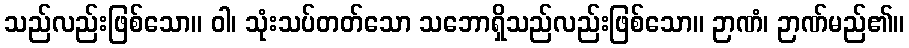
သည်လည်းဖြစ်သော။ ဝါ၊ သုံးသပ်တတ်သော သဘောရှိသည်လည်းဖြစ်သော။ ဉာဏံ၊ ဉာဏ်မည်၏။